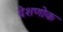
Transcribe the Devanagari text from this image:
देशणोक